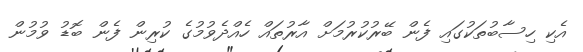
އެކި ހިސާބުތަކުގައި ފެން ބޭރުކުރުމަށް އާރުތައް ހެއްދެވުމުގެ ކުރިން ފެން ބޮޑު ވުމުން